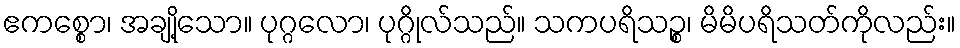
ဧကစ္စော၊ အချို့သော။ ပုဂ္ဂလော၊ ပုဂ္ဂိုလ်သည်။ သကပရိသဉ္စ၊ မိမိပရိသတ်ကိုလည်း။